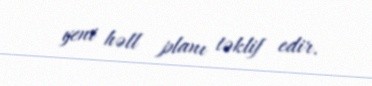
yeni həll planı təklif edir.